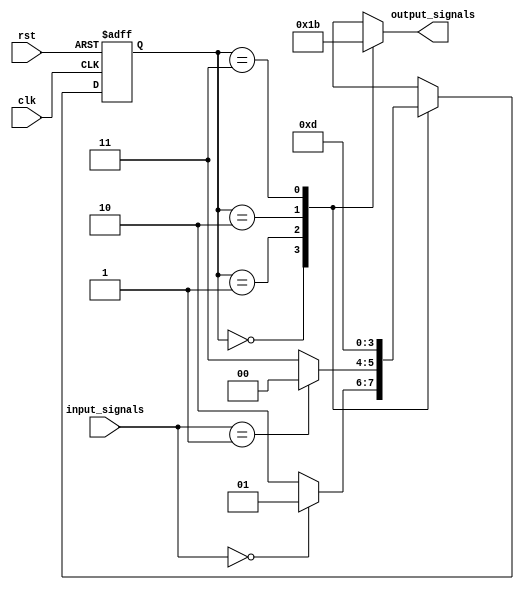
module state_machine (
    input clk,
    input rst,
    input [1:0] input_signals,
    output reg [1:0] output_signals
);

// Define states
parameter STATE0 = 2'b00;
parameter STATE1 = 2'b01;
parameter STATE2 = 2'b10;
parameter STATE3 = 2'b11;

// Define state machine states
reg [1:0] state;
always @ (posedge clk or posedge rst)
begin
    if (rst) begin
        state <= STATE0;
    end else begin
        case (state)
            STATE0: begin
                if (input_signals == 2'b00) begin
                    state <= STATE1;
                end else begin
                    state <= STATE2;
                end
            end
            STATE1: begin
                if (input_signals == 2'b01) begin
                    state <= STATE0;
                end else begin
                    state <= STATE3;
                end
            end
            STATE2: begin
                state <= STATE3;
            end
            STATE3: begin
                state <= STATE1;
            end
        endcase
    end
end

// Define output signals based on current state
always @ (state)
begin
    case (state)
        STATE0: begin
            output_signals <= 2'b00;
        end
        STATE1: begin
            output_signals <= 2'b01;
        end
        STATE2: begin
            output_signals <= 2'b10;
        end
        STATE3: begin
            output_signals <= 2'b11;
        end
    endcase
end

endmodule